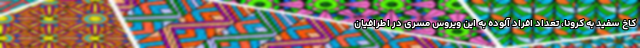
کاخ سفید به کرونا، تعداد افراد آلوده به این ویروس مسری در اطرافیان